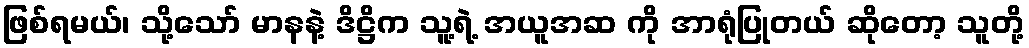
ဖြစ်ရမယ်၊ သို့သော် မာနနဲ့ ဒိဋ္ဌိက သူ့ရဲ့ အယူအဆ ကို အာရုံပြုတယ် ဆိုတော့ သူတို့